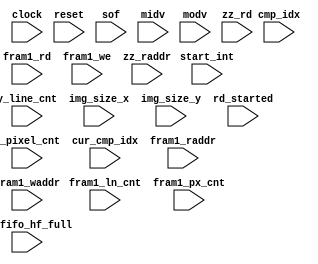
module m_fdct_read_proc_sm_monitor (
    clock,
    reset,
    sof,
    start_int,
    x_pixel_cnt,
    y_line_cnt,
    img_size_x,
    img_size_y,
    cmp_idx,
    cur_cmp_idx,
    rd_started,
    bf_fifo_hf_full,
    fram1_rd,
    fram1_raddr,
    fram1_ln_cnt,
    fram1_px_cnt,
    fram1_we,
    fram1_waddr,
    midv,
    modv,
    zz_rd,
    zz_raddr
);
// This monitors the signals from the FDCT and tries to indentifiy
// a state that should correspond to the 

input clock;
input reset;
input sof;
input start_int;
input [15:0] x_pixel_cnt;
input [15:0] y_line_cnt;
input [15:0] img_size_x;
input [15:0] img_size_y;
input [2:0] cmp_idx;
input [2:0] cur_cmp_idx;
input rd_started;
input bf_fifo_hf_full;
input fram1_rd;
input [6:0] fram1_raddr;
input [2:0] fram1_ln_cnt;
input [2:0] fram1_px_cnt;
input fram1_we;
input [6:0] fram1_waddr;
input midv;
input modv;
input zz_rd;
input [5:0] zz_raddr;

reg [31:0] mi_ccnt;
reg [31:0] mo_rcnt;
reg [31:0] ircnt;
reg [31:0] orcnt;
reg [1:0] state;
reg [31:0] iccnt;
reg [31:0] mi_pcnt;
reg [31:0] opcnt;
reg [31:0] ipcnt;
reg [31:0] mo_pcnt;
reg [31:0] occnt;
reg [31:0] mo_ccnt;
reg [31:0] mi_rcnt;

reg [31:0] rcnt [0:128-1];
reg [31:0] wcnt [0:128-1];




always @(posedge clock, posedge reset) begin: M_FDCT_READ_PROC_SM_MONITOR_MON
    if (reset == 1) begin
        state <= 2'b00;
    end
    else begin
        case (state)
            2'b00: begin
                if ((sof || start_int)) begin
                    // pass
                end
                state <= 2'b00;
            end
            2'b01: begin
                state <= 2'b00;
            end
            2'b10: begin
                state <= 2'b00;
            end
            default: begin
                $write("invalid state ");
                $write("%0d", state);
                $write("\\\\\\\\\\\\\\\\\\\\\\\\\\\\\\\\n");
                state <= 2'b00;
            end
        endcase
    end
end


always @(posedge clock) begin: M_FDCT_READ_PROC_SM_MONITOR_MONMEM
    integer ii;
    if (fram1_rd) begin
        rcnt[fram1_raddr] <= (rcnt[fram1_raddr] + 1);
    end
    if (fram1_we) begin
        wcnt[fram1_waddr] <= (wcnt[fram1_waddr] + 1);
    end
    for (ii=0; ii<128; ii=ii+1) begin
        if ((!(rcnt[ii] >= (wcnt[ii] + 4)))) begin
            $write("%0d", ii);
            $write(": rcnt ");
            $write("%0d", rcnt[ii]);
            $write(", wcnt ");
            $write("%0d", wcnt[ii]);
            $write("\\\\\\\\\\\\\\\\\\\\\\\\\\\\\\\\n");
        end
    end
end


always @(posedge clock, posedge reset) begin: M_FDCT_READ_PROC_SM_MONITOR_MONCNT
    if (reset == 1) begin
        ircnt <= 0;
        opcnt <= 0;
        ipcnt <= 0;
        orcnt <= 0;
        occnt <= 0;
        mo_pcnt <= 0;
        mi_ccnt <= 0;
        mo_ccnt <= 0;
        mi_rcnt <= 0;
        mo_rcnt <= 0;
        iccnt <= 0;
        mi_pcnt <= 0;
    end
    else begin
        if (fram1_we) begin
            ipcnt <= (ipcnt + 1);
            if (($signed({1'b0, iccnt}) < ($signed({1'b0, img_size_x}) - 1))) begin
                iccnt <= (iccnt + 1);
            end
            else begin
                iccnt <= 0;
                if (($signed({1'b0, ircnt}) < ($signed({1'b0, img_size_y}) - 1))) begin
                    ircnt <= (ircnt + 1);
                end
                else begin
                    ircnt <= 0;
                end
            end

            if ((((ircnt + 1) == 80) && ((iccnt + 1) == 80))) begin
                $write("II: ");
                $write("%0d", (ipcnt + 1));
                $write(", ");
                $write("%0d", (ircnt + 1));
                $write("x");
                $write("%0d", (iccnt + 1));
                $write("\\\\\\\\\\\\\\\\\\\\\\\\\\\\\\\\n");
            end

            if ((((ircnt + 1) == img_size_y) && ((iccnt + 1) == img_size_x))) begin
                $write("II: ");
                $write("%0d", (ipcnt + 1));
                $write(", ");
                $write("%0d", (ircnt + 1));
                $write("x");
                $write("%0d", (iccnt + 1));
                $write("\\\\\\\\\\\\\\\\\\\\\\\\\\\\\\\\n");
            end
        end
        if (zz_rd) begin
            opcnt <= (opcnt + 1);
            if (($signed({1'b0, occnt}) < ((4 * img_size_x) - 1))) begin
                occnt <= (occnt + 1);
            end
            else begin
                occnt <= 0;
                if (($signed({1'b0, orcnt}) < ($signed({1'b0, img_size_y}) - 1))) begin
                    orcnt <= (orcnt + 1);
                end
                else begin
                    orcnt <= 0;
                end
            end
            if ((((orcnt + 1) == 40) && ((occnt + 1) == (40 * 4)))) begin
                $write("OO: ");
                $write("%0d", (opcnt + 1));
                $write(", ");
                $write("%0d", (orcnt + 1));
                $write("x");
                $write("%0d", (occnt + 1));
                $write("\\\\\\\\\\\\\\\\\\\\\\\\\\\\\\\\n");
            end
        end
        if (midv) begin
            mi_pcnt <= (mi_pcnt + 1);
            if (($signed({1'b0, mi_ccnt}) < ((4 * img_size_x) - 1))) begin
                mi_ccnt <= (mi_ccnt + 1);
            end
            else begin
                mi_ccnt <= 0;
                if (($signed({1'b0, mi_rcnt}) < ($signed({1'b0, img_size_y}) - 1))) begin
                    mi_rcnt <= (mi_rcnt + 1);
                end
                else begin
                    mi_rcnt <= 0;
                end
            end
        end
        if (modv) begin
            mo_pcnt <= (mo_pcnt + 1);
            if (($signed({1'b0, mo_ccnt}) < ((4 * img_size_x) - 1))) begin
                mo_ccnt <= (mo_ccnt + 1);
            end
            else begin
                mo_ccnt <= 0;
                if (($signed({1'b0, mo_rcnt}) < ($signed({1'b0, img_size_y}) - 1))) begin
                    mo_rcnt <= (mo_rcnt + 1);
                end
                else begin
                    mo_rcnt <= 0;
                end
            end
        end
    end
end

endmodule